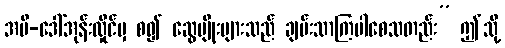
အမိ-ဒေါ်အုန်းလှိုင်မှ စ၍ ဆွေမျိုးများသည် ချမ်းသာကြပါစေသတည်း” ဤသို့